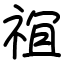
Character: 𫞵